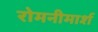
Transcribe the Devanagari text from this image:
रोमनीमार्श